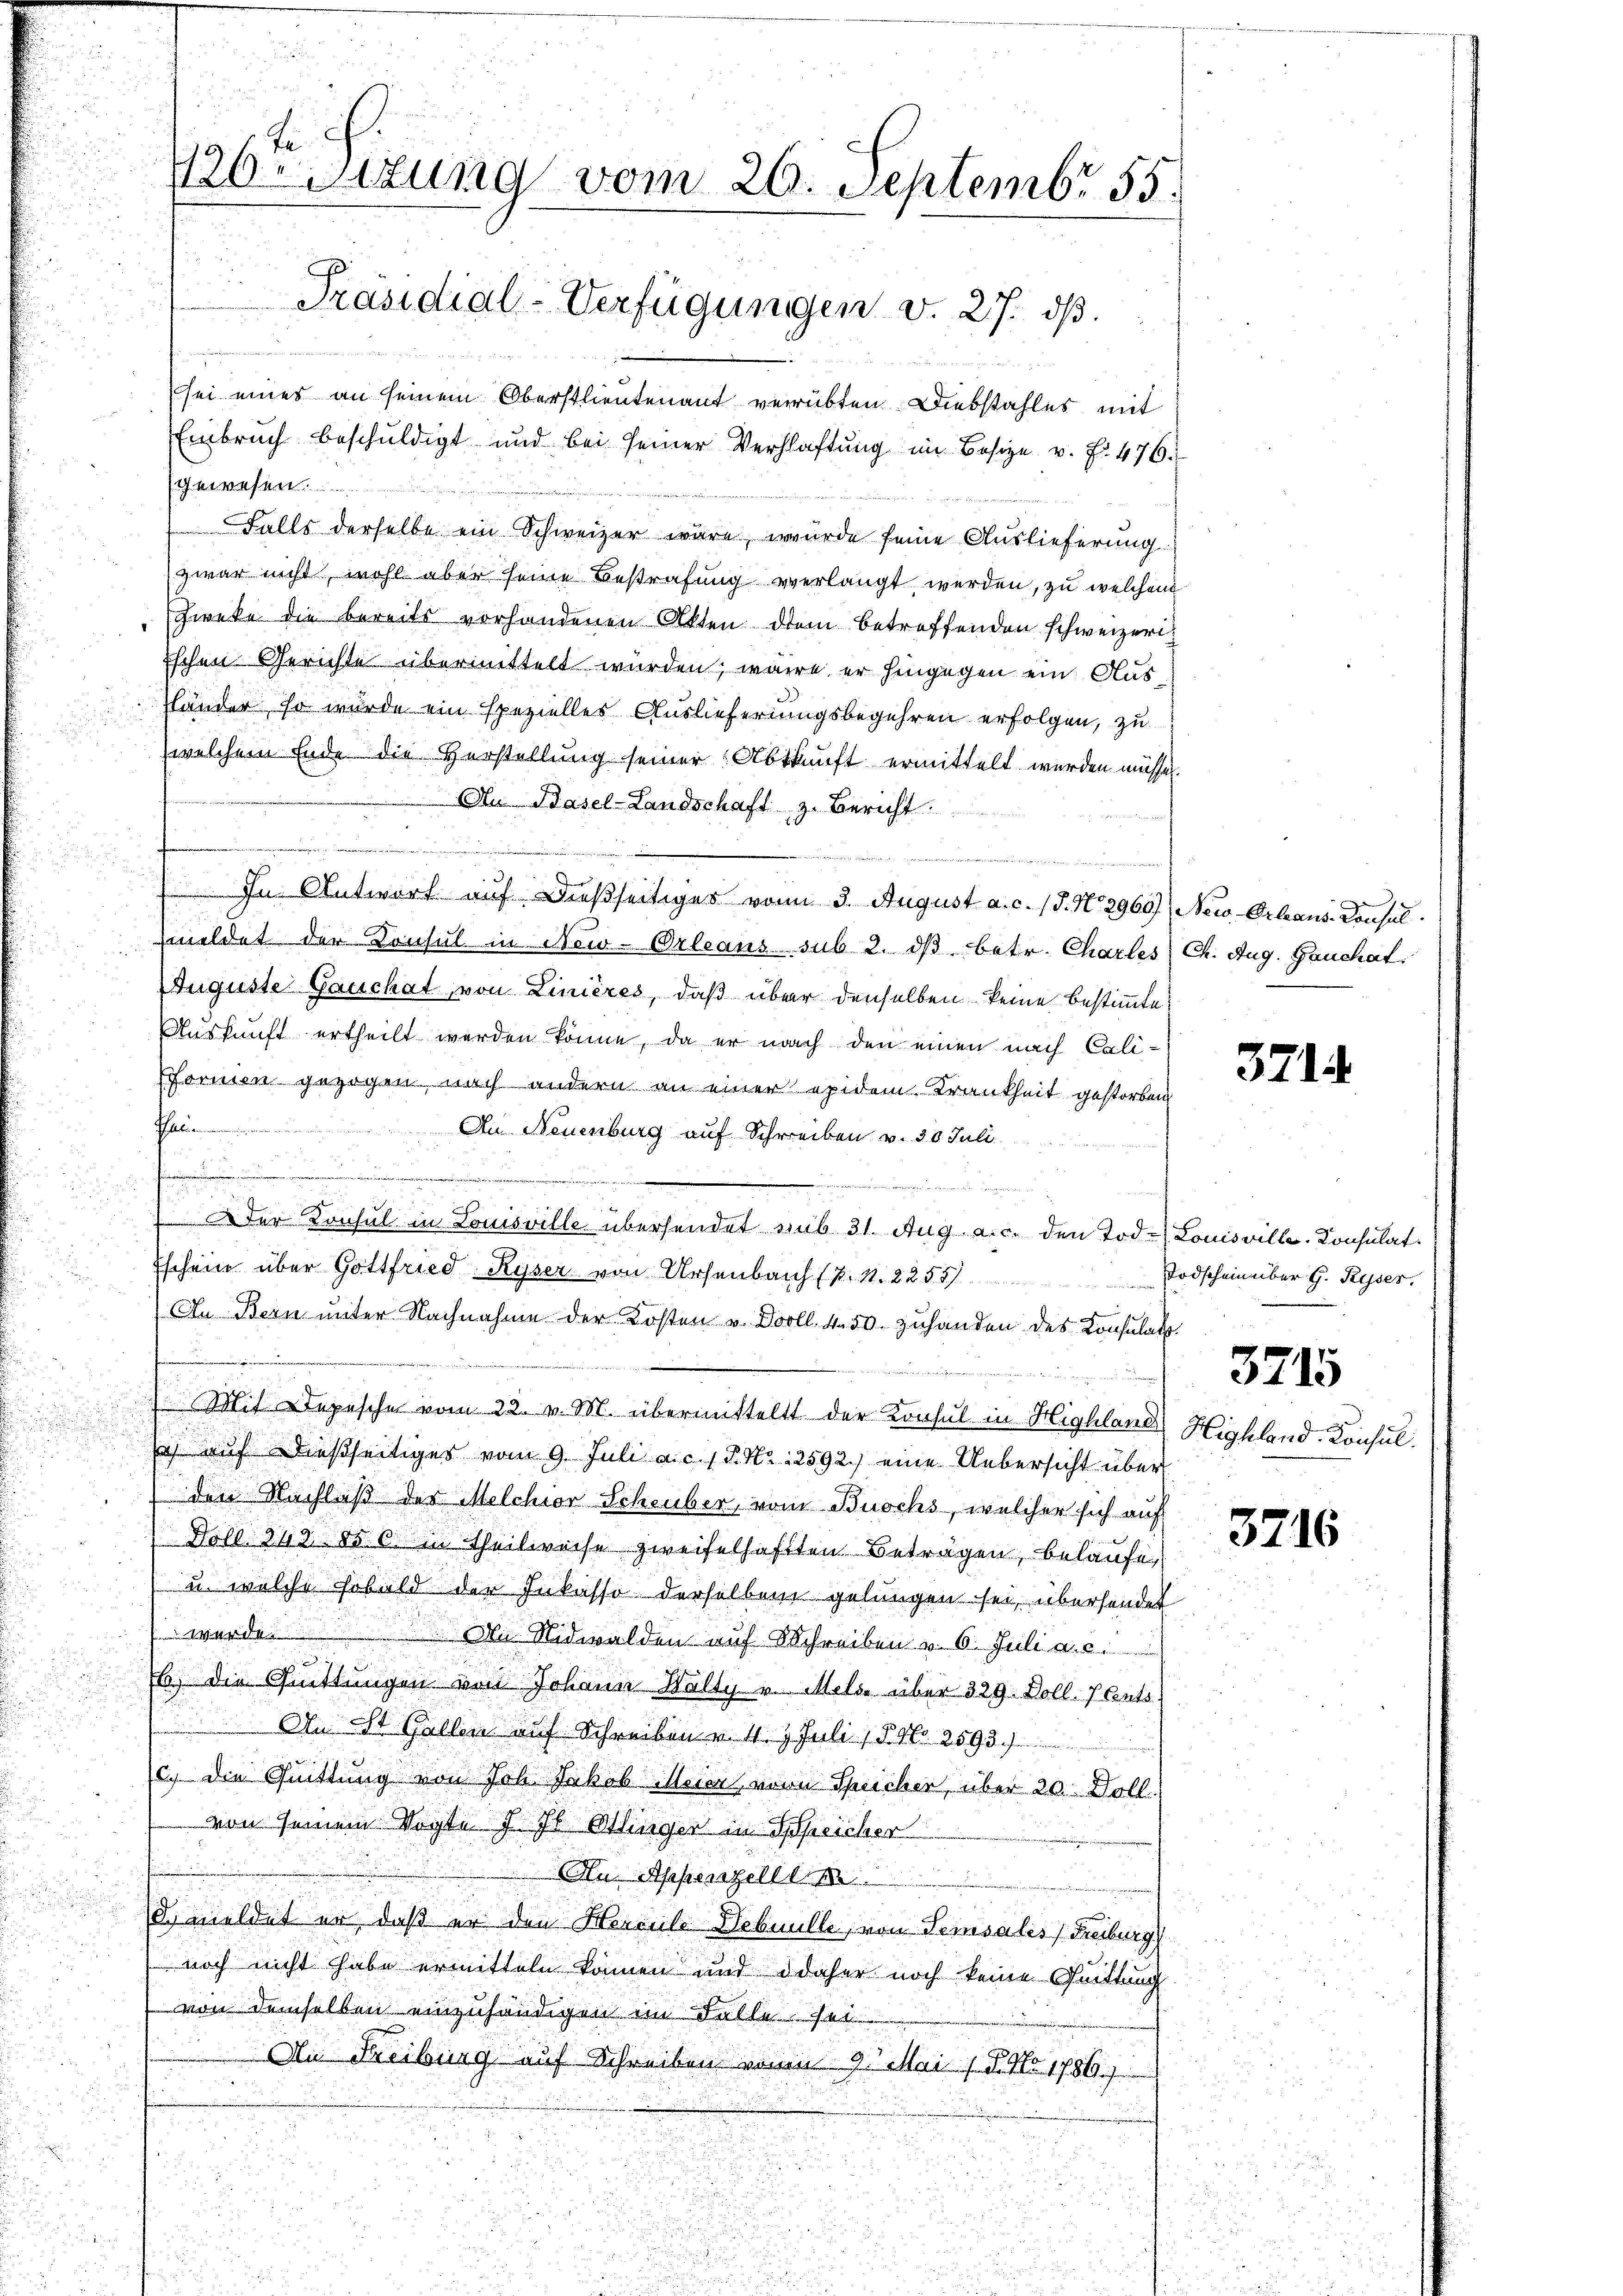
126ten Sitzung vom 26. Septembr. 55.
Präsidial-Verfügungen v. 27. ds.
a

sei eines an seinem Oberstlieutenant verrübten Diebstahles mit
Einbruch beschuldigt und bei seiner Verhaftung im Besize. v. Fr. 476.
gewesen.

Falls derselbe ein Schweizer wäre, wurde seine Auslieferung
zwar nicht, wohl aber seine Bestrafung verlangt werden, zu welchem
Zweke die bereits vorhandenen Akten dem betreffenden schweizeri¬
Eschen Gerichte übermittelt wurden, wäre er hingegen ein Ausländer, so wurde ein spezielles Auslieferungsbegehren erfolgen, zu
welchem Ende die Herstellung seiner Abkunft ermittelt werden müsse.
Au Basel-Landschaft z. Bericht.
 gegen
In Antwort auf dießseitiges von 3. August a. c. (T. No 2960)
meldet der Konsul in New-Orleans sub 2. dβ betr. Charles
Auguste Gauchat, von Linieres, daß über denselben keine bestimmte
Auskunft ertheilt werden könne, da er nach den einen nach Cali-
Fformen gezogen, nach andern an einer epidem Krankheit gestorben
a
An Neuenburg auf Schreiben v. 30. Juli

e
1

u
.
Der Konsul in Louisville übersendet mit 31. Aug. a. c. den Tod¬
Eschein über Gottfried Ryser von Ursenbach (N. N. 2255/
An Bern unter Nachnahme der Kosten v. Dooll. 450. zuhanden des Consulats

Mit Depesche vom 22. v. M. übermittelt der Konsul in Highland) Highland. Konsulsch auf dießseitiges vom 9. Juli a. c. 1 P. Nr. 2592.) eine Uebersicht über
 den Nachlaß der Melchior Scheuber, vom Buchs, welcher sich auf
Dorl. 342. 85. 6. in Theilweise zweifelhaften Betragen, belaufe,
u. welche sobald der Inkasso derselben gelungen sei, übersendet
 We
An Nidwalden auf Schreiben v. 6. Julia c.
b) Die Quittungen von Johann Halty v. Melde über 329. Doll. 7 Cents.
An ist Gallen auf Schreiben v. 4. 9. Juli 15. No. 2593.)
c. die Quittung von Joh. Jakob Meier von Speicher, über 20 Doll.
von seinem Vogte J. J. Hinger in Speicher
Au. Appenzell des
i
d. meldet er, daß er den Herrnle Debuulle, von Semsales Freiburg
noch nicht habe ermitteln können und daher noch keine Quittung
von demselben einzuhändigen im Falle hat
An Freiburg auf Schreiben vom 9. Mai 18. No. 1786.)

New-Orleans Konsul
Ch. Aug. Gauchat

3714.

Louisville Consulat
Todschein über G. Ryser.

3715

3716